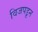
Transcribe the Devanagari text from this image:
विजपडून